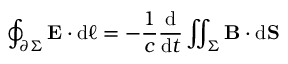
\oint _ { \partial \Sigma } \mathbf { E } \cdot \mathrm { d } { \boldsymbol { \ell } } = - { \frac { 1 } { c } } { \frac { \mathrm { d } } { \mathrm { d } t } } \iint _ { \Sigma } \mathbf { B } \cdot \mathrm { d } \mathbf { S }